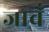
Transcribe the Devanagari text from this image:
जाचँ